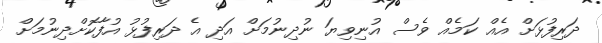
ދަރިފުޅަށް އެއް ކަމެއް ވެސް އުނިވިޔަ ނުދިނުމަށް އަދި އެ ދަރިފުޅު އުފާކޮށްދިނުމަށް